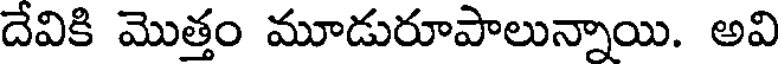
దేవికి మొత్తం మూడురూపాలున్నాయి. అవి